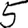
Digit: 5